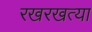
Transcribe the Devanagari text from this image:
रखरखत्या